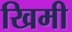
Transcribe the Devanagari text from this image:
खिमी